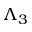
\Lambda _ { 3 }